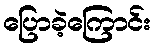
ပြောခဲ့ကြောင်း